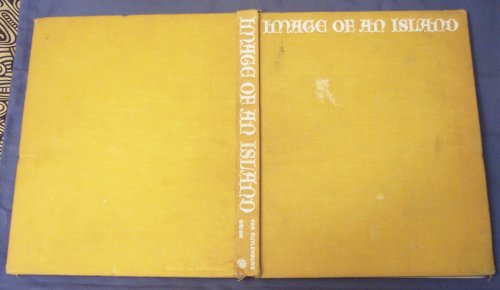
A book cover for Image of an island;: A portrait of Ceylon; Reg Van Cuylenburg; Travel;